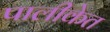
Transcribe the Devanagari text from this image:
पालीकेत